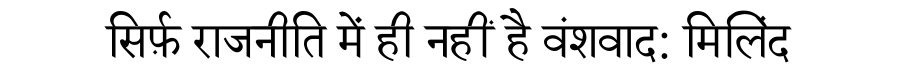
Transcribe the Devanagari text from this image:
सिर्फ़ राजनीति में ही नहीं है वंशवाद: मिलिंद